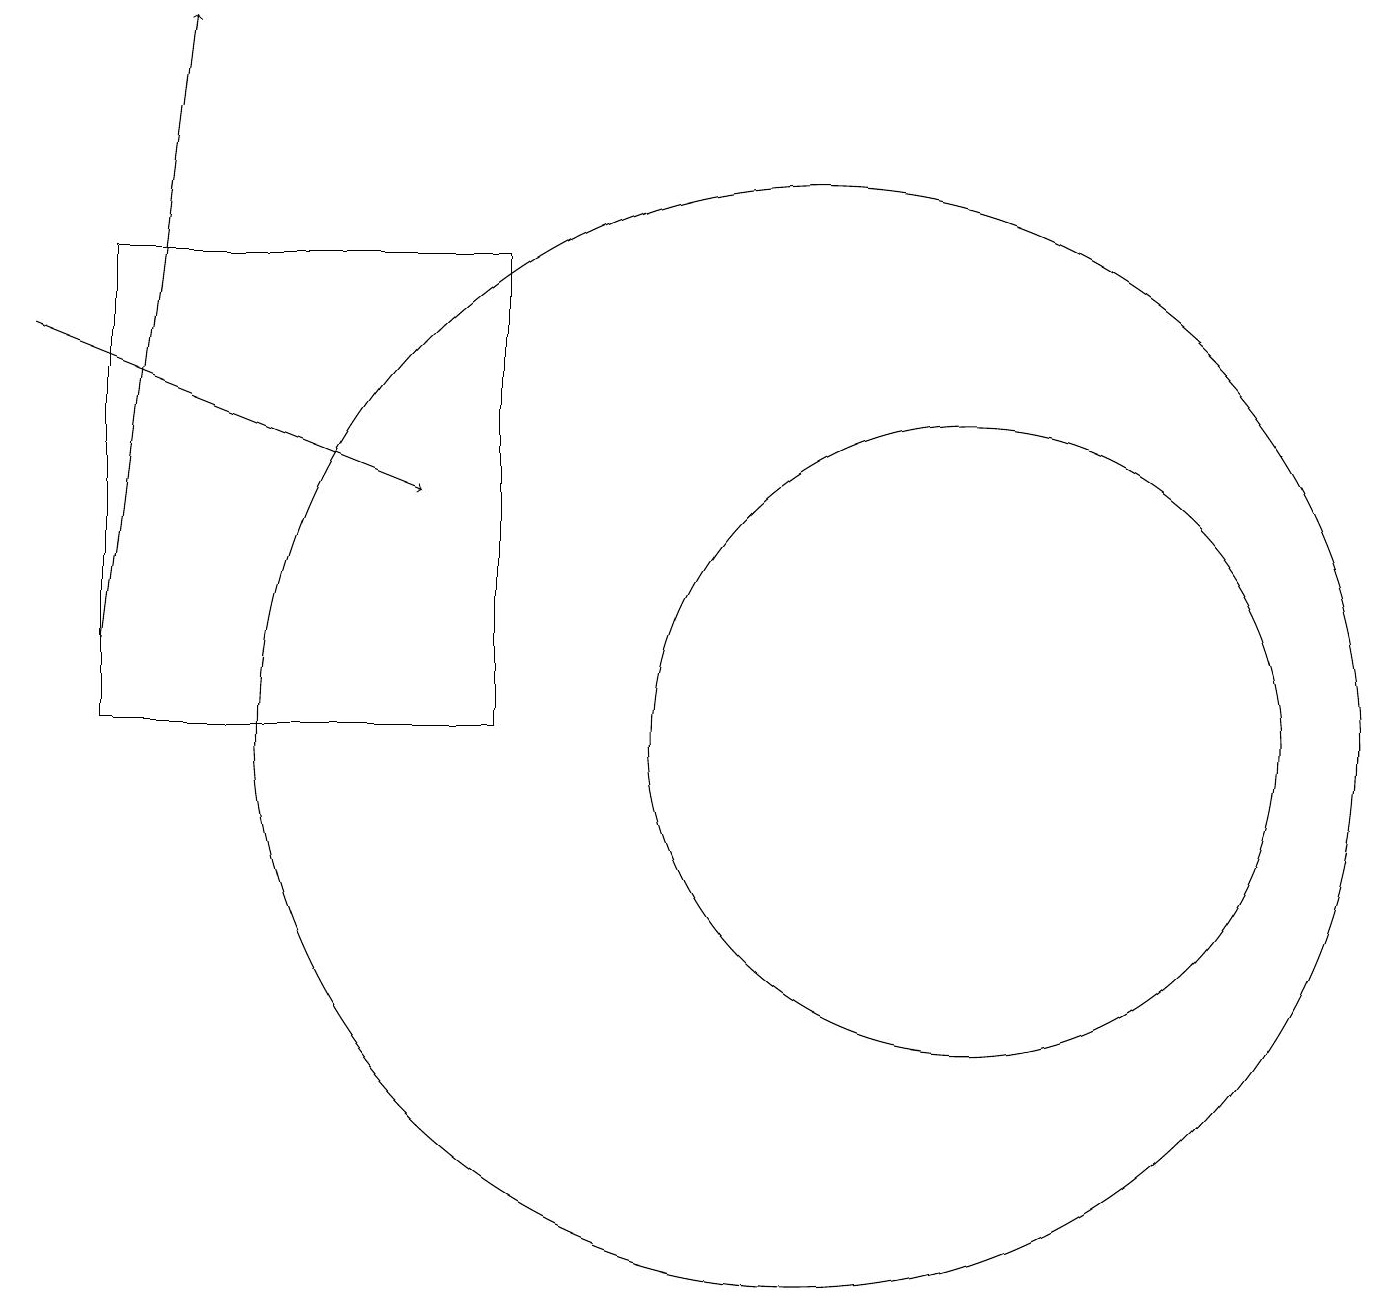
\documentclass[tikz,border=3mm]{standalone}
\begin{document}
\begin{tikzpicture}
\draw[->] (0,15) -- (5,13);
\draw (12,10) circle (4);
\draw[->] (1,11) -- (2,19);
\draw (6,16) rectangle (1,10);
\draw (10,10) circle (7);
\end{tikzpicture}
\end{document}